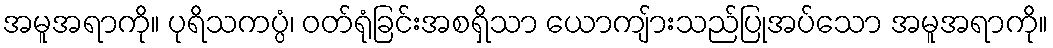
အမူအရာကို။ ပုရိသကပ္ပံ၊ ဝတ်ရုံခြင်းအစရှိသာ ယောကျ်ားသည်ပြုအပ်သော အမူအရာကို။